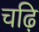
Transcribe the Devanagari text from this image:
चढ़ि